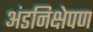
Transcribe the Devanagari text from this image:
अंडनिक्षेपण